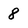
Character: 8